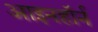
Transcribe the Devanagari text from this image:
आइनहॉर्न